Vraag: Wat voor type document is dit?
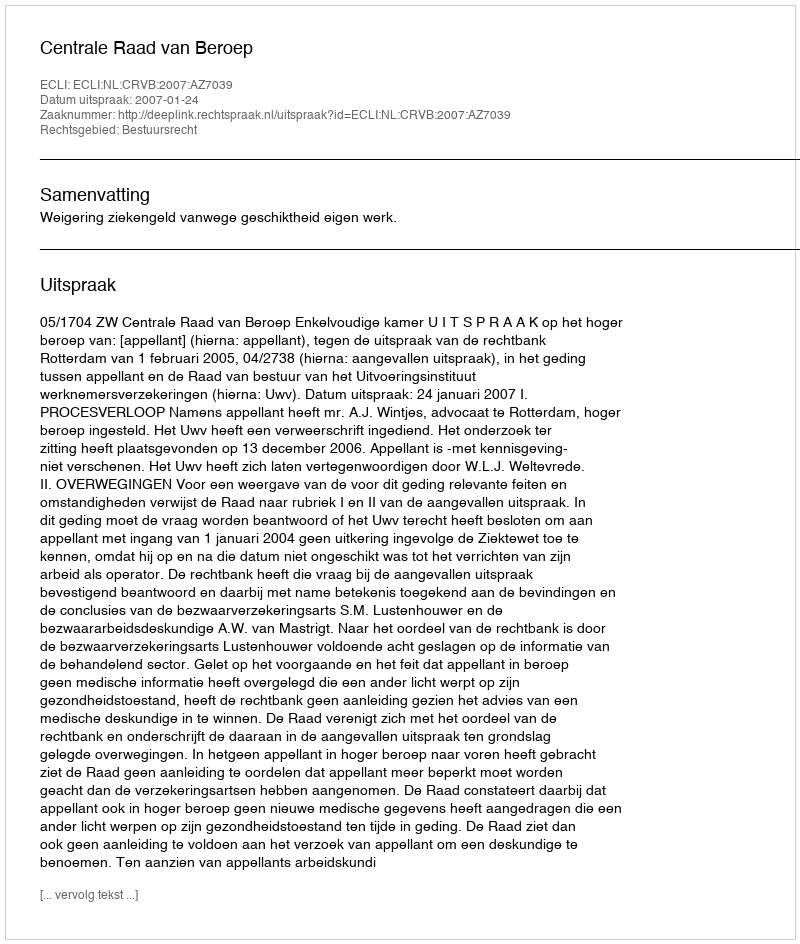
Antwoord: Uitspraak